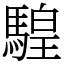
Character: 騜